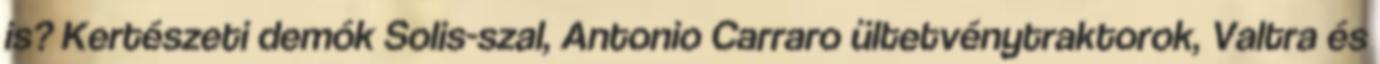
is? Kertészeti demók Solis-szal, Antonio Carraro ültetvénytraktorok, Valtra és